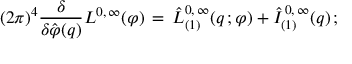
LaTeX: ( 2 \pi ) ^ { 4 } \frac { \delta } { \delta \hat { \varphi } ( q ) } L ^ { 0 , \, \infty } ( \varphi ) \, = \, \hat { L } _ { ( 1 ) } ^ { 0 , \, \infty } ( q \, ; \varphi ) + \hat { I } _ { ( 1 ) } ^ { \, 0 , \, \infty } ( q ) \, ;